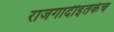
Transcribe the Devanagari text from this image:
राजगादीइतकेच